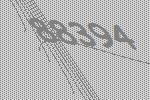
88394